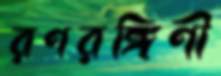
রণরঙ্গিণী